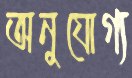
অনুযোগ্য